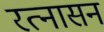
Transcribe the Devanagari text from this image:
रत्नासन